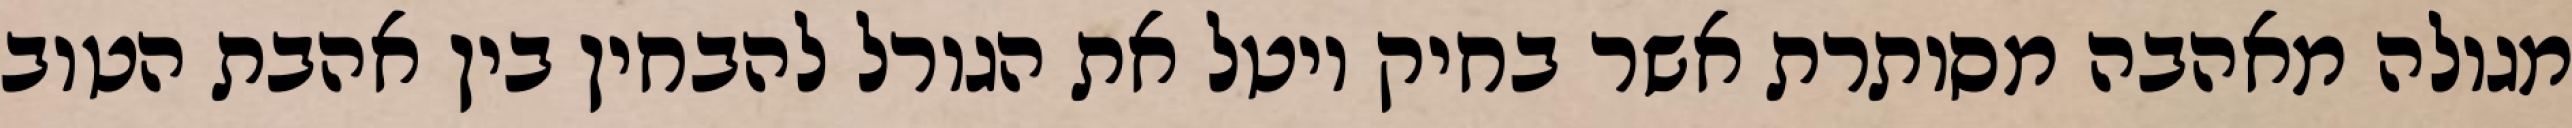
מגולה מאהבה מסותרת אשר בחיק יוטל את הגורל להבחין בין אהבת הטוב